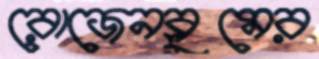
রোজেনব্লুমের